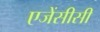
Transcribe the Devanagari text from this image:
एजेंसीसी